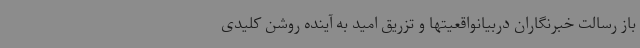
باز رسالت خبرنگاران دربیانواقعیتها و تزریق امید به آینده روشن کلیدی